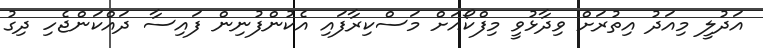
އަދުލީ މިއަދު އިތުރަށް ވިދާޅުވީ މިފްކޯއަށް މަސްކިރާފައި އެކުންފުނިން ފައިސާ ދައްކަންޖެހި ދިގު